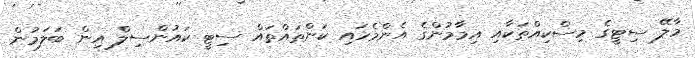
މާލޭ ސިޓީގެ މިސްކިއްތަކާއި އިމާމުންގެ އެންމެހައި ކަންތައްތައް ސިޓީ ކައުންސިލް އިން ބަލަމުން